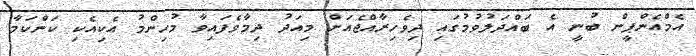
އެމްއެންޕީން ބުނީ އެ ބައްދަލުވުމުގައި ދިވެހިރާއްޖެއަށް މިއަދު ދިމާވެފައިވާ މުހިންމު އެކިއެކި ކަންކަމާ